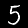
Label: 5